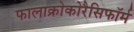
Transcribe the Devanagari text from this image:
फालाक्रोकोरैसिफॉर्म